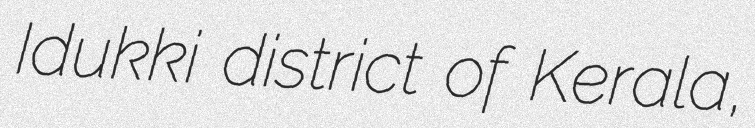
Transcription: Idukki district of Kerala,